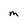
Character: m